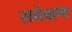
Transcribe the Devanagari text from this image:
सवेक्षण